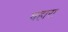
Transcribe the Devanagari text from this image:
चहारा